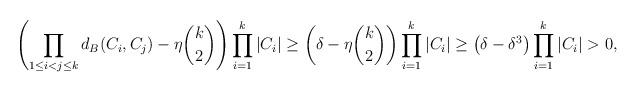
LaTeX: \begin{align*}\left( \prod_{1 \leq i <j \leq k}d_B(C_i,C_j) -\eta \binom k2 \right) \prod_{i=1}^k |C_i| &\geq \left( \delta- \eta \binom k2 \right) \prod_{i=1}^k |C_i| \geq \left(\delta-\delta^3\right)\prod_{i=1}^k |C_i|>0,\end{align*}